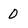
Character: 0